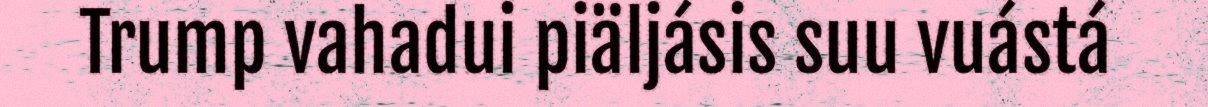
Trump vahadui piäljásis suu vuástá